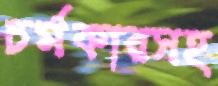
চর্মকারসহ